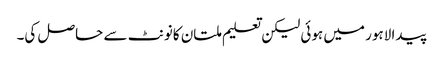
پیدا لاہور میں ہوئی لیکن تعلیم ملتان کانونٹ سے حاصل کی۔